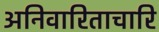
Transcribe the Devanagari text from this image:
अनिवारिताचारि